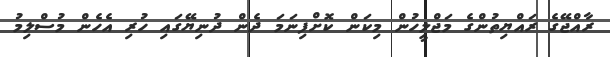
ރާއްޖޭގެ ރައްޔިތުންގެ މަޖްލީހުން މިކަން ކޮށްފިނަމަ ދެން ދުނިޔޭގައި ހުރި އެހެން މުސްލިމު